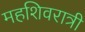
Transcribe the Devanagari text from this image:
महशिवरात्री